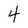
Character: 4